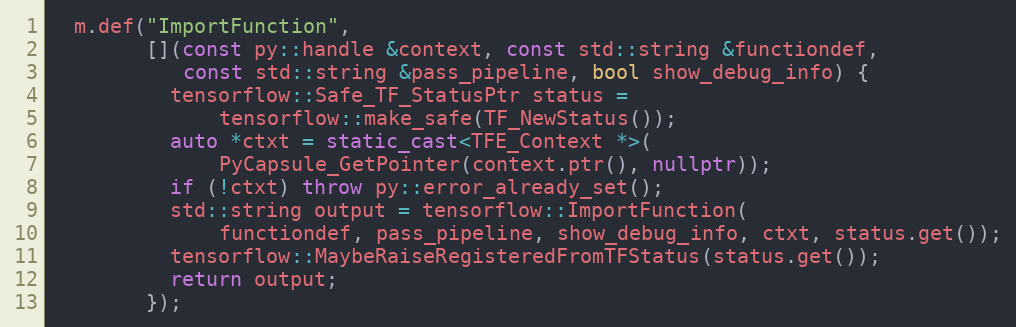
Language: C++
  m.def("ImportFunction",
        [](const py::handle &context, const std::string &functiondef,
           const std::string &pass_pipeline, bool show_debug_info) {
          tensorflow::Safe_TF_StatusPtr status =
              tensorflow::make_safe(TF_NewStatus());
          auto *ctxt = static_cast<TFE_Context *>(
              PyCapsule_GetPointer(context.ptr(), nullptr));
          if (!ctxt) throw py::error_already_set();
          std::string output = tensorflow::ImportFunction(
              functiondef, pass_pipeline, show_debug_info, ctxt, status.get());
          tensorflow::MaybeRaiseRegisteredFromTFStatus(status.get());
          return output;
        });